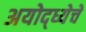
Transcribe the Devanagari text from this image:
अयोद्ध्येचे